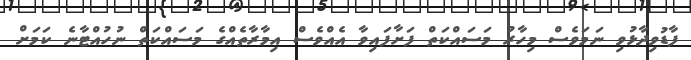
ފާޑުވިދާޅުވި ނަމަވެސް މިހާރު މަސައްކަތް ފަށާފައިވާ އެއްވެސް އިމާރާތެއްގެ މަސައްކަތް ނުހުއްޓާނެ ކަމަށް